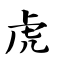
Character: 虎